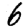
Digit: 6